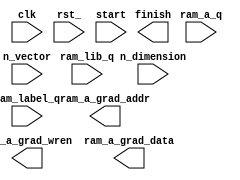
module cal_a_grad_mod(
input clk,
input rst_,
input start,
input[10:0] n_vector,
input[5:0] n_dimension,
input ram_label_q,
input[63:0] ram_a_q,
input[63:0] ram_lib_q,
output reg[10:0] ram_a_grad_addr,
output reg ram_a_grad_wren,
output reg[63:0] ram_a_grad_data,
output reg finish
);

parameter IDLE = 3'b000,
				S1 = 3'b001,
				S2 = 3'b010,
				S3 = 3'b100;
				
reg[2:0] state, next_state;

reg[2:0] count_1;
reg[5:0] count_2;
reg[10:0] count_3;

always@(posedge clk or negedge rst_)
if(!rst_)
	state <= IDLE;
else
	state <= next_state;
	
always@(state or rst_ or start or count_1 or count_2 or count_3)
if(!rst_)
	next_state = IDDLE;
else
	case(state)
	IDLE:	if(start == 1)
				next_state = S1;
			else
				next_state = IDLE;
	S1:	if(count_2 == n_dimension)
				next_state = S2;
			else
				next_state = S1;
	S2:	if(count_3 == n_vector)
				next_state = S3;
			else if(count_2 == n_dimension)
				next_state = S1;
			else
				next_state = S2;
	S3:	if(count_1 == 3'd7)
				next_state = IDLE;
			else
				next_state = S3;
	default:	next_state = IDLE;
	endcase

endmodule